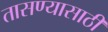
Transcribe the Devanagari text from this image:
तासण्यासाठी